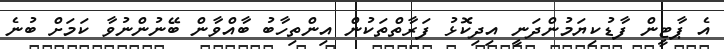
އެ ޕާޓީން ފާޑުކިޔަމުންދަނީ އިދިކޮޅު ފަރާތްތަކުން އިންތިހާބު ބާއްވާން ބޭނުންނުވާ ކަމަށް ބުނެ